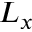
L _ { x }